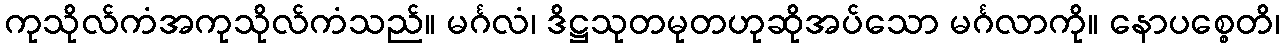
ကုသိုလ်ကံအကုသိုလ်ကံသည်။ မင်္ဂလံ၊ ဒိဋ္ဌသုတမုတဟုဆိုအပ်သော မင်္ဂလာကို။ နောပစ္စေတိ၊